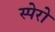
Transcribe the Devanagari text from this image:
स्पेरो